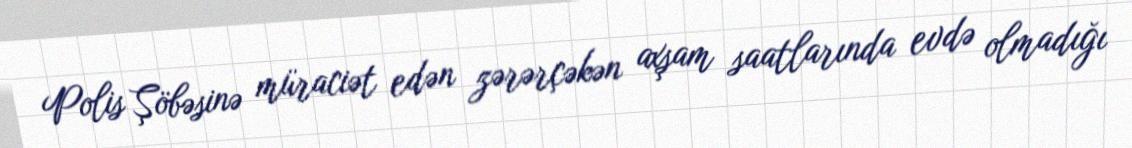
Polis Şöbəsinə müraciət edən zərərçəkən axşam saatlarında evdə olmadığı